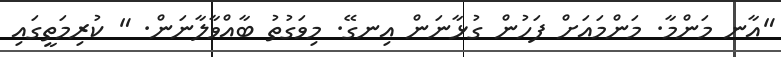
"އާނ މަންމާ. މަންމައަށް ފަހުން ގުޅާނަން އިނގޭ. މިވަގުތު ބާއްވާލާނަން. " ކުރިމަތީގައި